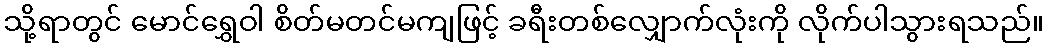
သို့ရာတွင် မောင်ရွှေဝါ စိတ်မတင်မကျဖြင့် ခရီးတစ်လျှောက်လုံးကို လိုက်ပါသွားရသည်။